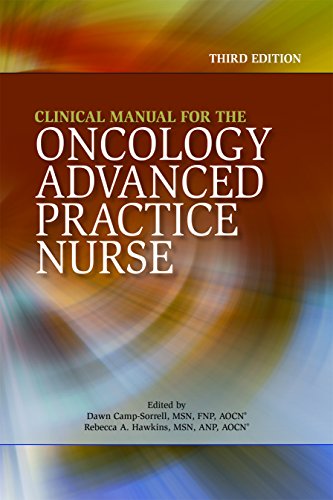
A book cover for Clinical Manual for the Oncology Advanced Practice Nurse (Third Edition) (Camp-Sorrell, Clinical Manual for the Oncology Advanced Practice Nurse); Dawn Camp-Sorrell; Medical Books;